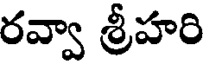
రవ్వా శ్రీహరి